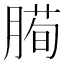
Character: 𰯅